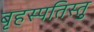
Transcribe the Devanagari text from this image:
बृहस्पतिस्तु